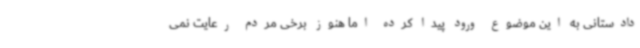
دادستانی به این موضوع ورود پیدا کرده اما هنوز برخی مردم رعایت نمی